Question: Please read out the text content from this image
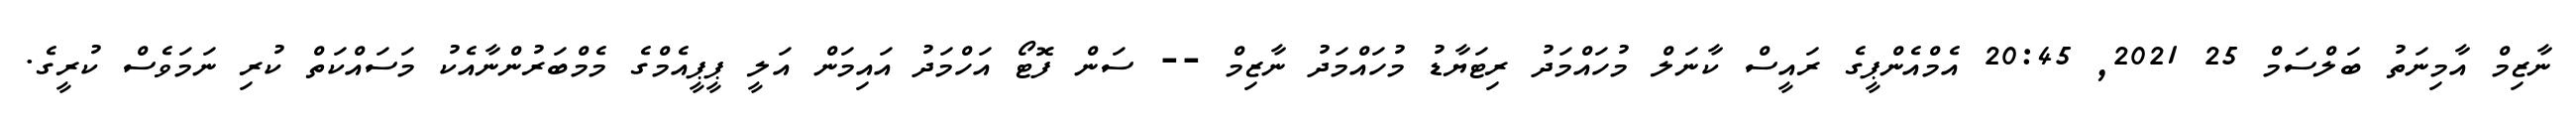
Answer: ނާޒިމް އާމިނަތު ބަލްސަމް 25 2021, 20:45 އެމްއެންޕީގެ ރައީސް ކާނަލް މުހައްމަދު ރިޓަޔާޑު މުހައްމަދު ނާޒިމް -- ސަން ފޮޓޯ އަހްމަދު އައިމަން އަލީ ޕީޕީއެމްގެ މެމްބަރުންނާއެކު މަސައްކަތް ކުރި ނަމަވެސް ކުރީގެ.